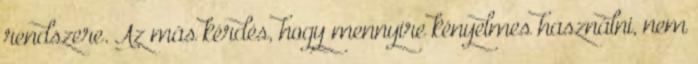
rendszere. Az más kérdés, hogy mennyire kényelmes használni, nem